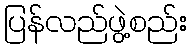
ပြန်လည်ဖွဲ့စည်း